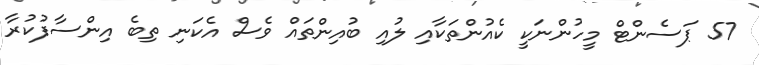
57 ޕަސެންޓް މީހުންނަކީ ކެއުންތަކާއި ލުއި ބުއިންތައް ވެސް އެކަނި ތިބެ އިންސާފުކުރާ